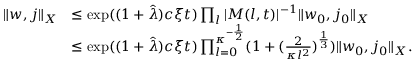
\begin{array} { r l } { \Vert w , j \Vert _ { X } } & { \le \exp ( ( 1 + \hat { \lambda } ) c \xi t ) \prod _ { l } \vert M ( l , t ) \vert ^ { - 1 } \Vert w _ { 0 } , j _ { 0 } \Vert _ { X } } \\ & { \le \exp ( ( 1 + \hat { \lambda } ) c \xi t ) \prod _ { l = 0 } ^ { \kappa ^ { - \frac 1 2 } } ( 1 + ( \frac 2 { \kappa l ^ { 2 } } ) ^ { \frac 1 3 } ) \Vert w _ { 0 } , j _ { 0 } \Vert _ { X } . } \end{array}